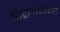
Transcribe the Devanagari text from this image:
सिद्धान्तवेत्ताओं